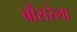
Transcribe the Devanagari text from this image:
बौंसरेला